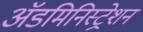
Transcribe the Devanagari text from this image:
अॅडमिनिस्ट्रेशन